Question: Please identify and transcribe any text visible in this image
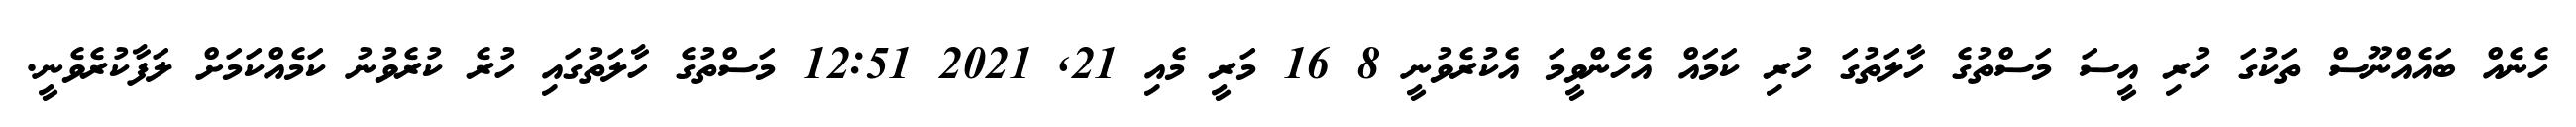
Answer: ހެނެއް ބައެއްނޫސް ތަކުގަ ހުރި އީސަ މަސްތުގެ ހާލަތުގަ ހުރި ކަމައް އެހެންވީމަ އެކުރެވުނީ 8 16 މަރީ މެއި 21, 2021 12:51 މަސްތުގެ ހާލަތުގައި ހުރެ ކުރެވުނު ކަމެއްކަމަށް ލަފާކުރެވެނީ.